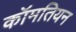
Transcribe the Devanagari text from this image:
कॉमतियन